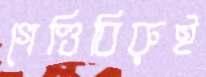
গেণ্ডিবিরুই